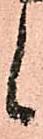
候